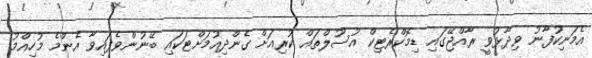
އެމަނިކުފާނު ވިދާޅުވީ ރާއްޖޭގައި ޑިމޮކްރެޓިކް އުސޫލްތައް ކުރިއަށް ގެންދިއުމަށްޓަކައި ބޭނުންވެފައިވާ އެންމެ މުހިއްމު